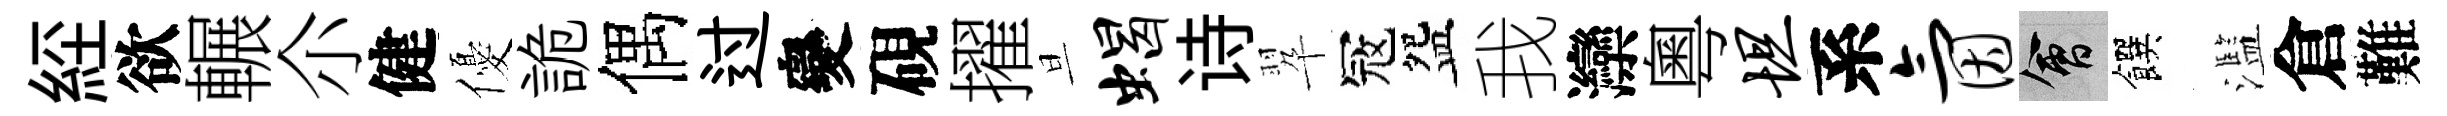
𦀇欲輾尒健優詭偶过變硯擢旦蝎诗翆冦盌我灤粵坦系氤會饌濫倉難